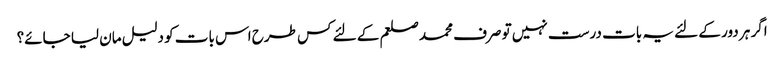
اگر ہر دور کے لئے یہ بات درست نہیں تو صرف محمد صلعم کے لئے کس طرح اس بات کو دلیل مان لیا جائے؟